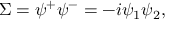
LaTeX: \Sigma = \psi ^ { + } \psi ^ { - } = - i \psi _ { 1 } \psi _ { 2 } ,